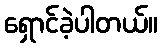
ရှောင်ခဲ့ပါတယ်။